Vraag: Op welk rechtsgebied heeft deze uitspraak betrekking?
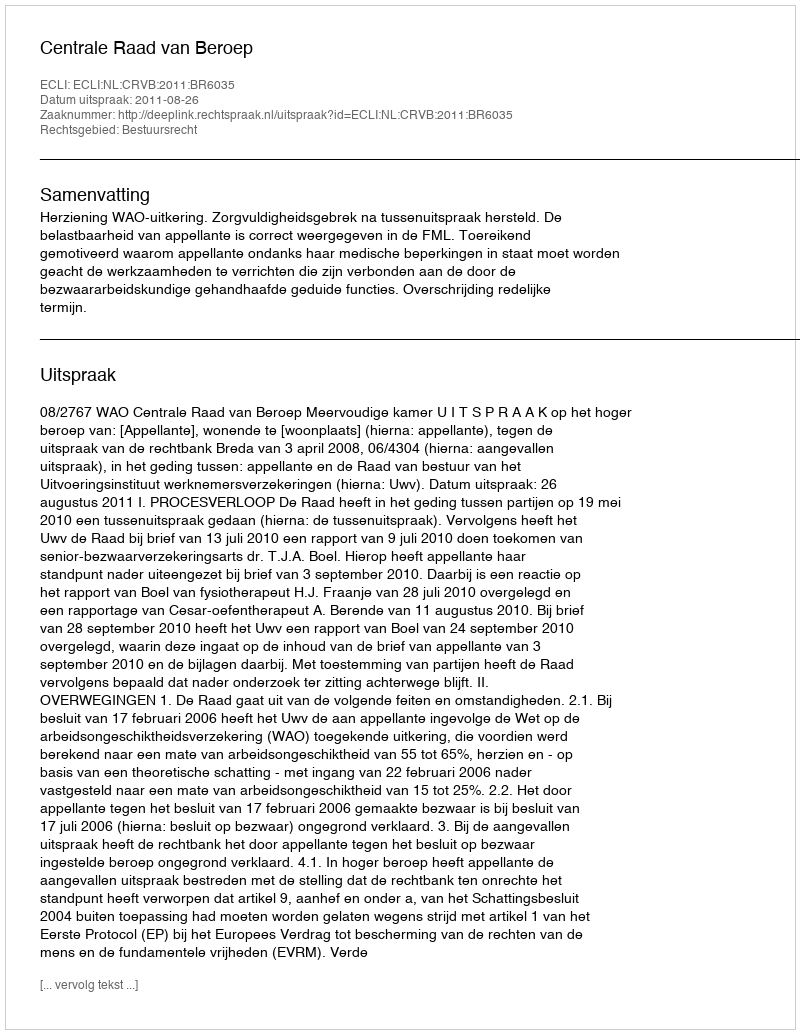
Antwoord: Bestuursrecht